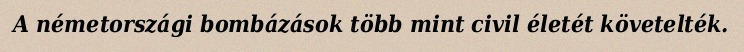
A németországi bombázások több mint civil életét követelték.